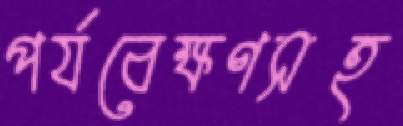
পর্যবেক্ষণসহ